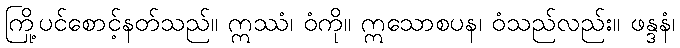
ကြို့ပင်စောင့်နတ်သည်။ ဣဿံ၊ ဝံကို။ ဣသောစပန၊ ဝံသည်လည်း။ ဖန္ဒနံ၊